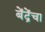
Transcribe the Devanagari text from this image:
बेंद्रेंचा